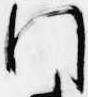
門